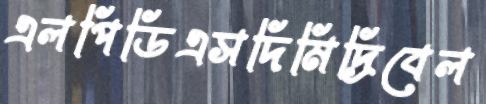
এলপিডিএসদিমিদ্রিবেল